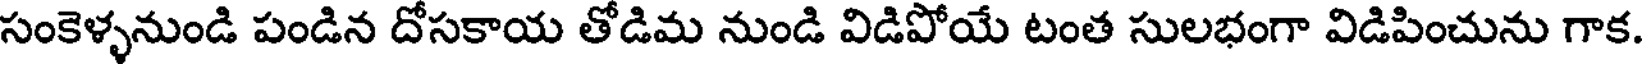
సంకెళ్ళనుండి పండిన దోసకాయ తోడిమ నుండి విడిపోయే టంత సులభంగా విడిపించును గాక.